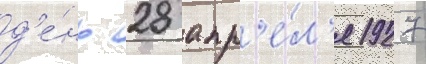
д'е́нь 28 апр'е́л'я 1927